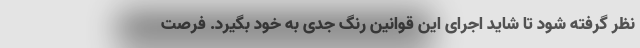
نظر گرفته شود تا شاید اجرای این قوانین رنگ جدی به خود بگیرد. فرصت